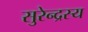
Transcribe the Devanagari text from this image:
सुरेन्द्रस्य